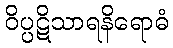
ဝိပ္ပဋိသာရနိရောဓံ